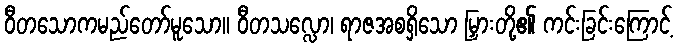
ဝီတသောကမည်တော်မူသော။ ဝီတသလ္လော၊ ရာဇအစရှိသော မြှားတို့၏ ကင်းခြင်းကြောင့်